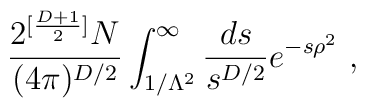
\frac{2^{[\frac{D+1}{2}]} N}{(4\pi)^{D/2}} \int^\infty_{1/\Lambda^2}\frac{ds}{s^{D/2}} e^{-s\rho^2}~,